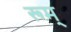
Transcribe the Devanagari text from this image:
रूम्